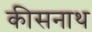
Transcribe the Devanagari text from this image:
कीसनाथ